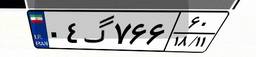
۶۸گ۶۵۵۶۵